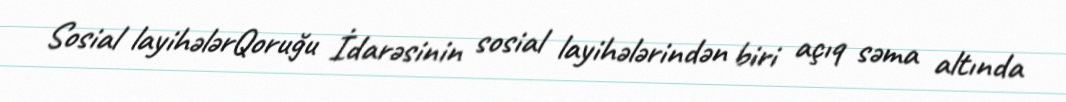
Sosial layihələrQoruğu İdarəsinin sosial layihələrindən biri açıq səma altında